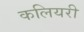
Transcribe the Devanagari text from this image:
कलियरी